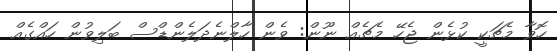
ހޮވާ މެޗަކީ ކުޅެން ޖެހޭ މެޗެއް ނޫން: ވެން ހާލްނެދަލެންޑްސް ބަލިވުން ހައްގެއް